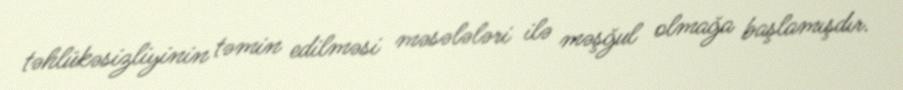
təhlükəsizliyinin təmin edilməsi məsələləri ilə məşğul olmağa başlamışdır.